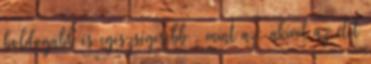
boldogabb és egészségesebb , mint az, akivel az élet